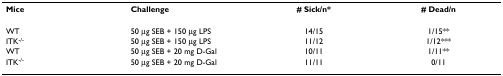
<table><thead><tr><td><b>Mice</b></td><td><b>Challenge</b></td><td><b># Sick/n*</b></td><td><b># Dead/n</b></td></tr></thead><tbody><tr><td>WT</td><td>50 μg SEB + 150 μg LPS</td><td>14/15</td><td>1/15**</td></tr><tr><td>ITK<sup>-/-</sup></td><td>50 μg SEB + 150 μg LPS</td><td>11/12</td><td>1/12***</td></tr><tr><td>WT</td><td>50 μg SEB + 20 mg D-Gal</td><td>10/11</td><td>1/11**</td></tr><tr><td>ITK<sup>-/-</sup></td><td>50 μg SEB + 20 mg D-Gal</td><td>11/11</td><td>0/11</td></tr></tbody></table>